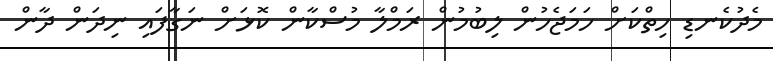
މެދުކެނޑި ހިތްކަށް ހަމަޖެހުން ލިބުމުން ރަމްލާ މުސްކާން ކޮޅަށް ނަގާފައި ނިދަން ދާން